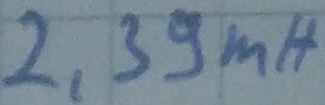
Text: 2,39mH